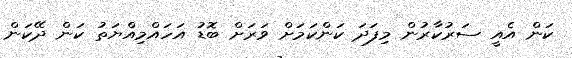
ކަން އެއީ ސަރުކާރުން މިފަދަ ކަންކަމަށް ވަރަށް ބޮޑު އަހައްމިއްޔަތު ކަން ދޭކަން